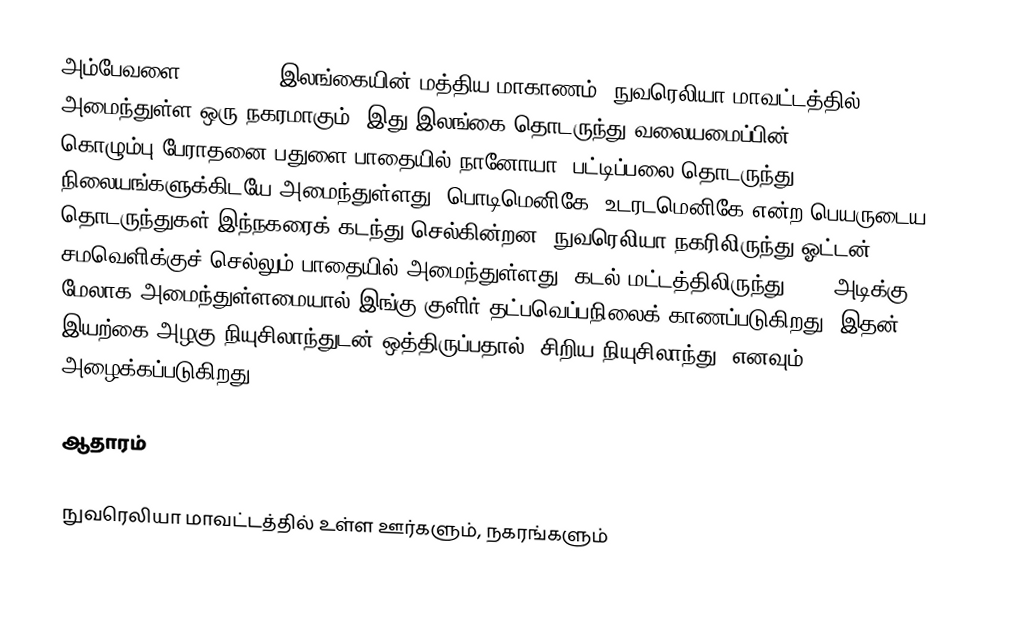
அம்பேவளை (Ambewela) இலங்கையின்  மத்திய மாகாணம், நுவரெலியா மாவட்டத்தில் அமைந்துள்ள ஒரு நகரமாகும். இது இலங்கை தொடருந்து வலையமைப்பின் கொழும்பு-பேராதனை-பதுளை பாதையில் நானோயா, பட்டிப்பலை தொடருந்து நிலையங்களுக்கிடயே அமைந்துள்ளது. பொடிமெனிகே, உடரடமெனிகே என்ற பெயருடைய தொடருந்துகள் இந்நகரைக் கடந்து செல்கின்றன. நுவரெலியா நகரிலிருந்து ஓட்டன் சமவெளிக்குச் செல்லும் பாதையில் அமைந்துள்ளது. கடல் மட்டத்திலிருந்து 6000 அடிக்கு மேலாக அமைந்துள்ளமையால் இங்கு குளிர் தட்பவெப்பநிலைக் காணப்படுகிறது. இதன் இயற்கை அழகு நியுசிலாந்துடன் ஒத்திருப்பதால் "சிறிய நியுசிலாந்து" எனவும் அழைக்கப்படுகிறது.

ஆதாரம்

நுவரெலியா மாவட்டத்தில் உள்ள ஊர்களும், நகரங்களும்